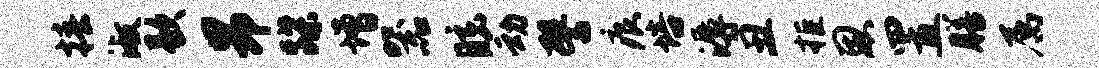
椿淑歇昂蹀增器眩动譬痕培溽丑拒恩置膳属